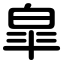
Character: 皐